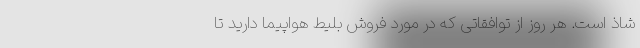
شاذ است. هر روز از توافقاتی که در مورد فروش بلیط هواپیما دارید تا